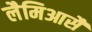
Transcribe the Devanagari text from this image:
लैमिआसै